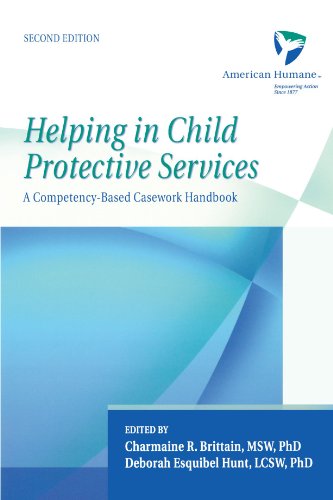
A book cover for Helping in Child Protective Services: A Competency-Based Casework Handbook; American Humane Association; Politics & Social Sciences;